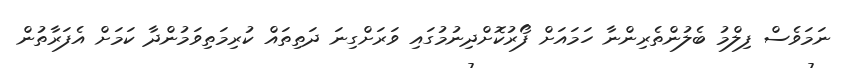
ނަމަވެސް ފިލްމު ބެލުންތެރިންނާ ހަމައަށް ފޯރުކޮށްދިނުމުގައި ވަރަށްގިނަ ދަތިތައް ކުރިމަތިވަމުންދާ ކަމަށް އެފަރާތުން